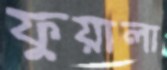
ফুয়ালা